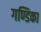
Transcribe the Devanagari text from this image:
गण्डिका